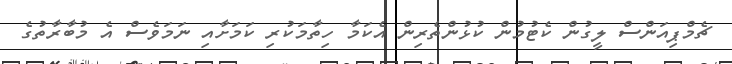
ޗެމްޕިއަންސް ލީގުން ކެޓުމުން ކުޅުންތެރިން އެކަމާ ހިތާމަކުރި ކަމަށާއި ނަމަވެސް އެ މުބާރާތުގެ